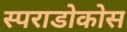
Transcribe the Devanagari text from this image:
स्पराडोकोस